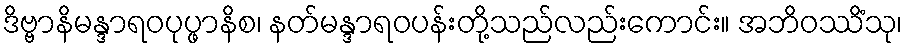
ဒိဗ္ဗာနိမန္ဒာရဝပုပ္ဖာနိစ၊ နတ်မန္ဒာရဝပန်းတို့သည်လည်းကောင်း။ အဘိဝဿိံသု၊